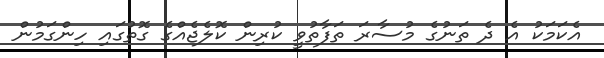
އެކަމަކު އެ ދެ ތަނުގެ މުސާރަ ތަފާތުވީ ކުރިން ކޮލެޖެއްގެ ގޮތުގައި ހިންގަމުން